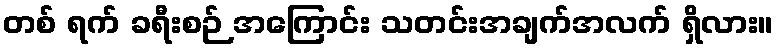
တစ် ရက် ခရီးစဉ် အကြောင်း သတင်းအချက်အလက် ရှိလား။